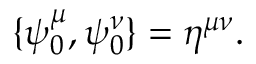
\{ \psi _ { 0 } ^ { \mu } , \psi _ { 0 } ^ { \nu } \} = \eta ^ { \mu \nu } .